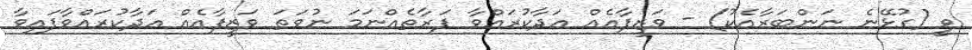
ވީ (ގުޅޭނެ ނަންބަރާއެކު) - ވަޒީފާއެއް އަދާކުރައްވާ ފަރާތެއްނަމަ ނުވަތަ ވަޒީފާއެއް އަދާކުރައްވާފައިވާ